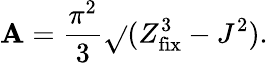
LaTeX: \mathbf{A}={\frac{{\pi^{2}}}{{3}}}\sqrt{}{{(Z_{\mathrm{{fix}}}^{3}-J^{2})}}.